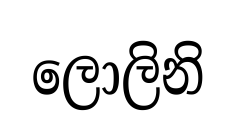
ලොලිනි